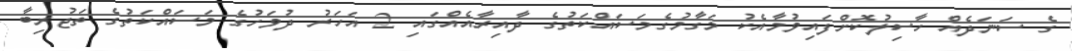
ގެ ސަނަދެއް ހާސިލުކޮށްފައިވުމާއެކު މަގާމުގެމަސައްކަތުގެ ދާއިރާއެއްގައި 2 އަހަރު ދުވަހުގެ މަސައްކަތުގެ ތަޖުރިބާ